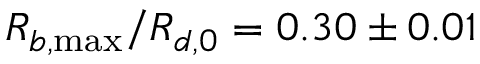
R _ { b , \operatorname* { m a x } } / R _ { d , 0 } = 0 . 3 0 \pm 0 . 0 1